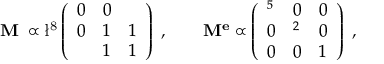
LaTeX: \bf M ^ { \nu } \propto \mathrm { \l ^ { 8 } } \left( \begin{array} { l l l } { { 0 } } & { { 0 } } & { { \l } } \\ { { 0 } } & { { 1 } } & { { 1 } } \\ { { \l } } & { { 1 } } & { { 1 } } \end{array} \right) \ , \qquad \bf M ^ { e } \propto \left( \begin{array} { l l l } { { \l ^ { 5 } } } & { { 0 } } & { { 0 } } \\ { { 0 } } & { { \l ^ { 2 } } } & { { 0 } } \\ { { 0 } } & { { 0 } } & { { 1 } } \end{array} \right) \ ,